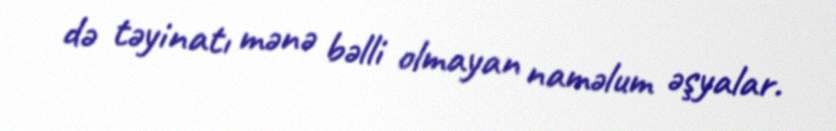
də təyinatı mənə bəlli olmayan naməlum əşyalar.